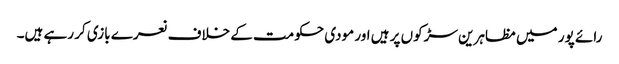
رائے پور میں مظاہرین سڑکوں پر ہیں اور مودی حکومت کے خلاف نعرے بازی کر رہے ہیں۔